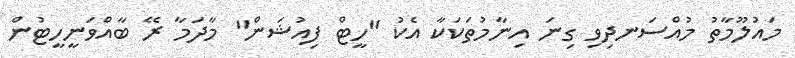
މައުލޫމާތު މުއްސަނދިވި ގިނަ އިނާމުތަކަކާ އެކު "ހީޓް ފިއުޝަން" މާދަމާ ރޭ ބާއްވަނީހީޓުން